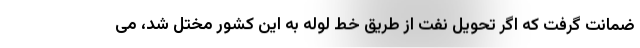
ضمانت گرفت که اگر تحویل نفت از طریق خط لوله به این کشور مختل شد، می